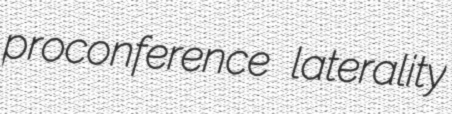
proconference laterality